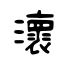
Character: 瀤